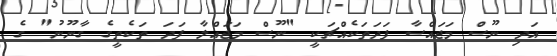
އަދި ނޫސް މަޖައްސާ ފަދަތަކެއްޗަކީ "ނޫސް މަޖައްލާ ފަދަ ތަކެތީގެ ގާނޫނު" ގެ